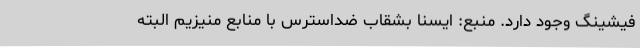
فیشینگ وجود دارد. منبع: ایسنا بشقاب ضداسترس با منابع منیزیم البته